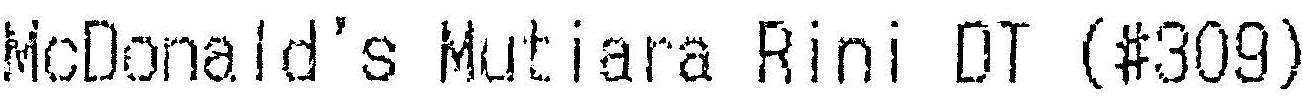
MCDONALD'S MUTIARA RINI DT (#309)